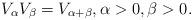
LaTeX: \begin{align*}V_{\alpha}V_{\beta}=V_{\alpha+\beta},\alpha>0,\beta>0.\end{align*}